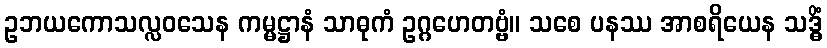
ဥဘယကောသလ္လဝသေန ကမ္မဋ္ဌာနံ သာဓုကံ ဥဂ္ဂဟေတဗ္ဗံ။ သစေ ပနဿ အာစရိယေန သဒ္ဓိံ